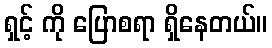
ရှင့် ကို ပြောစရာ ရှိနေတယ်။